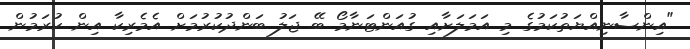
"އިންސާނިއްޔަތުކަމުގެ މި އަމަލަށާއި ގުއަންޓަނާމޯ ބޭ ޖަލު ބަންދުކުރުމަށް އެމެރިކާ އިން ކުރަމުން